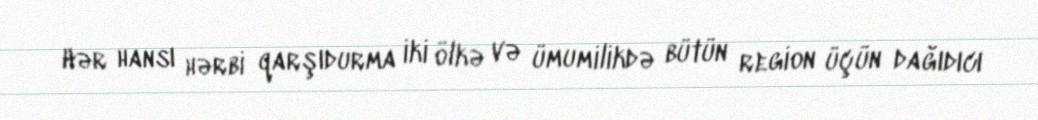
Hər hansı hərbi qarşıdurma iki ölkə və ümumilikdə bütün region üçün dağıdıcı